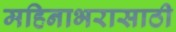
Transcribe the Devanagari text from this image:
महिनाभरासाठी